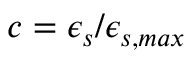
c = \epsilon _ { s } / \epsilon _ { s , m a x }